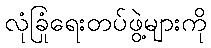
လုံခြုံရေးတပ်ဖွဲ့များကို